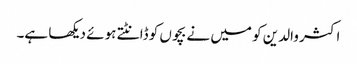
اکثر والدین کو میں نے بچوں کو ڈانٹتے ہوئے دیکھا ہے۔